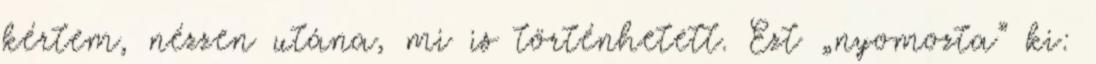
kértem, nézzen utána, mi is történhetett. Ezt „nyomozta” ki: